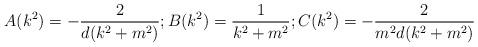
LaTeX: \begin{align*}A(k^2)=-\frac{2}{d(k^2+m^2)};B(k^2)=\frac{1}{k^2+m^2}; C(k^2)=-\frac{2}{m^2d(k^2+m^2)}\end{align*}